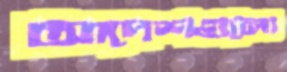
আদেশগুলো